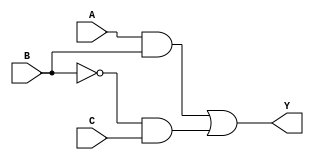
module combinational_logic (
    input wire A,         // Input signal A
    input wire B,         // Input signal B
    input wire C,         // Input signal C
    output reg Y          // Output signal Y
);

    // Always block sensitive to changes in inputs A, B, or C
    always @ (A, B, C) begin
        // Combinational logic implementation
        Y = (A & B) | (~B & C);  // Example logic: Y = (A AND B) OR (NOT B AND C)
    end

endmodule